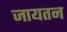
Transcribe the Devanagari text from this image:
जायतन